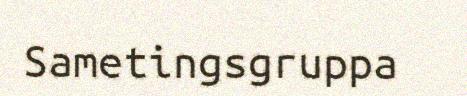
Sametingsgruppa